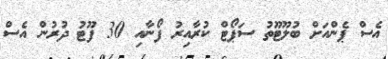
އެސް ޕެންއަށް ބުލޫޓޫތު ސަޕޯޓް ކުރާއިރު ފޯނާއި 30 ފޫޓު ދުރުން އެސް